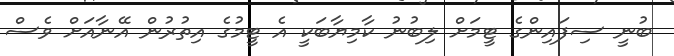
ބުނީ ސިފައިންގެ ޓީމަށް ލިބުނު ކާމިޔާބަކީ އެ ޓީމުގެ އިތުރުން އޭނާއަށް ވެސް